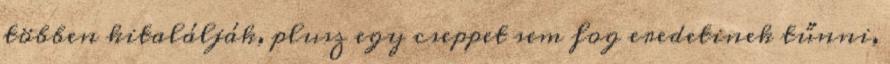
többen kitalálják, plusz egy cseppet sem fog eredetinek tűnni,